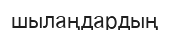
шылаңдардың